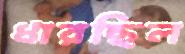
ধারছিল